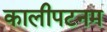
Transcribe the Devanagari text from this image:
कालीपटनम